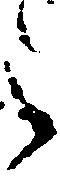
被